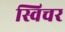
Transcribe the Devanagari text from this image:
स्विचर